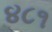
૪૮૧